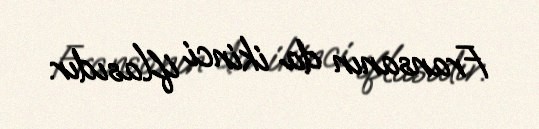
Fransanın da ikinci iflasıdır.